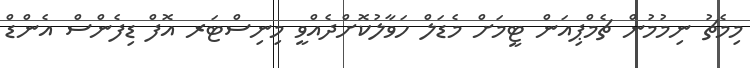
މިމެޗު ނިމުމުން ޗެމްޕިއަން ޓީމަށް މެޑަލް ހަވާލުކޮށްދެއްވީ މިނިސްޓަރ އޮފް ޑިފެންސް އެންޑް